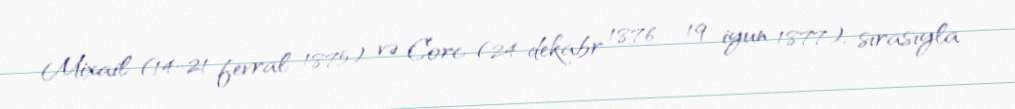
Mixail (14-21 fevral 1875) və Corc (24 dekabr 1876 - 19 iyun 1877), sırasıyla